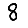
Digit: 8